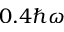
0 . 4 \hbar \omega